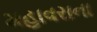
મહાવરાના